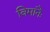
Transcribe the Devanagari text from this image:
विमानैः